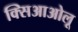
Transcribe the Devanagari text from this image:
क्सिआओलू